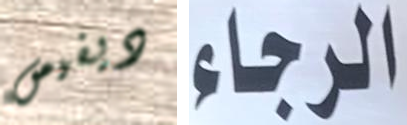
ديفيس الرجاء